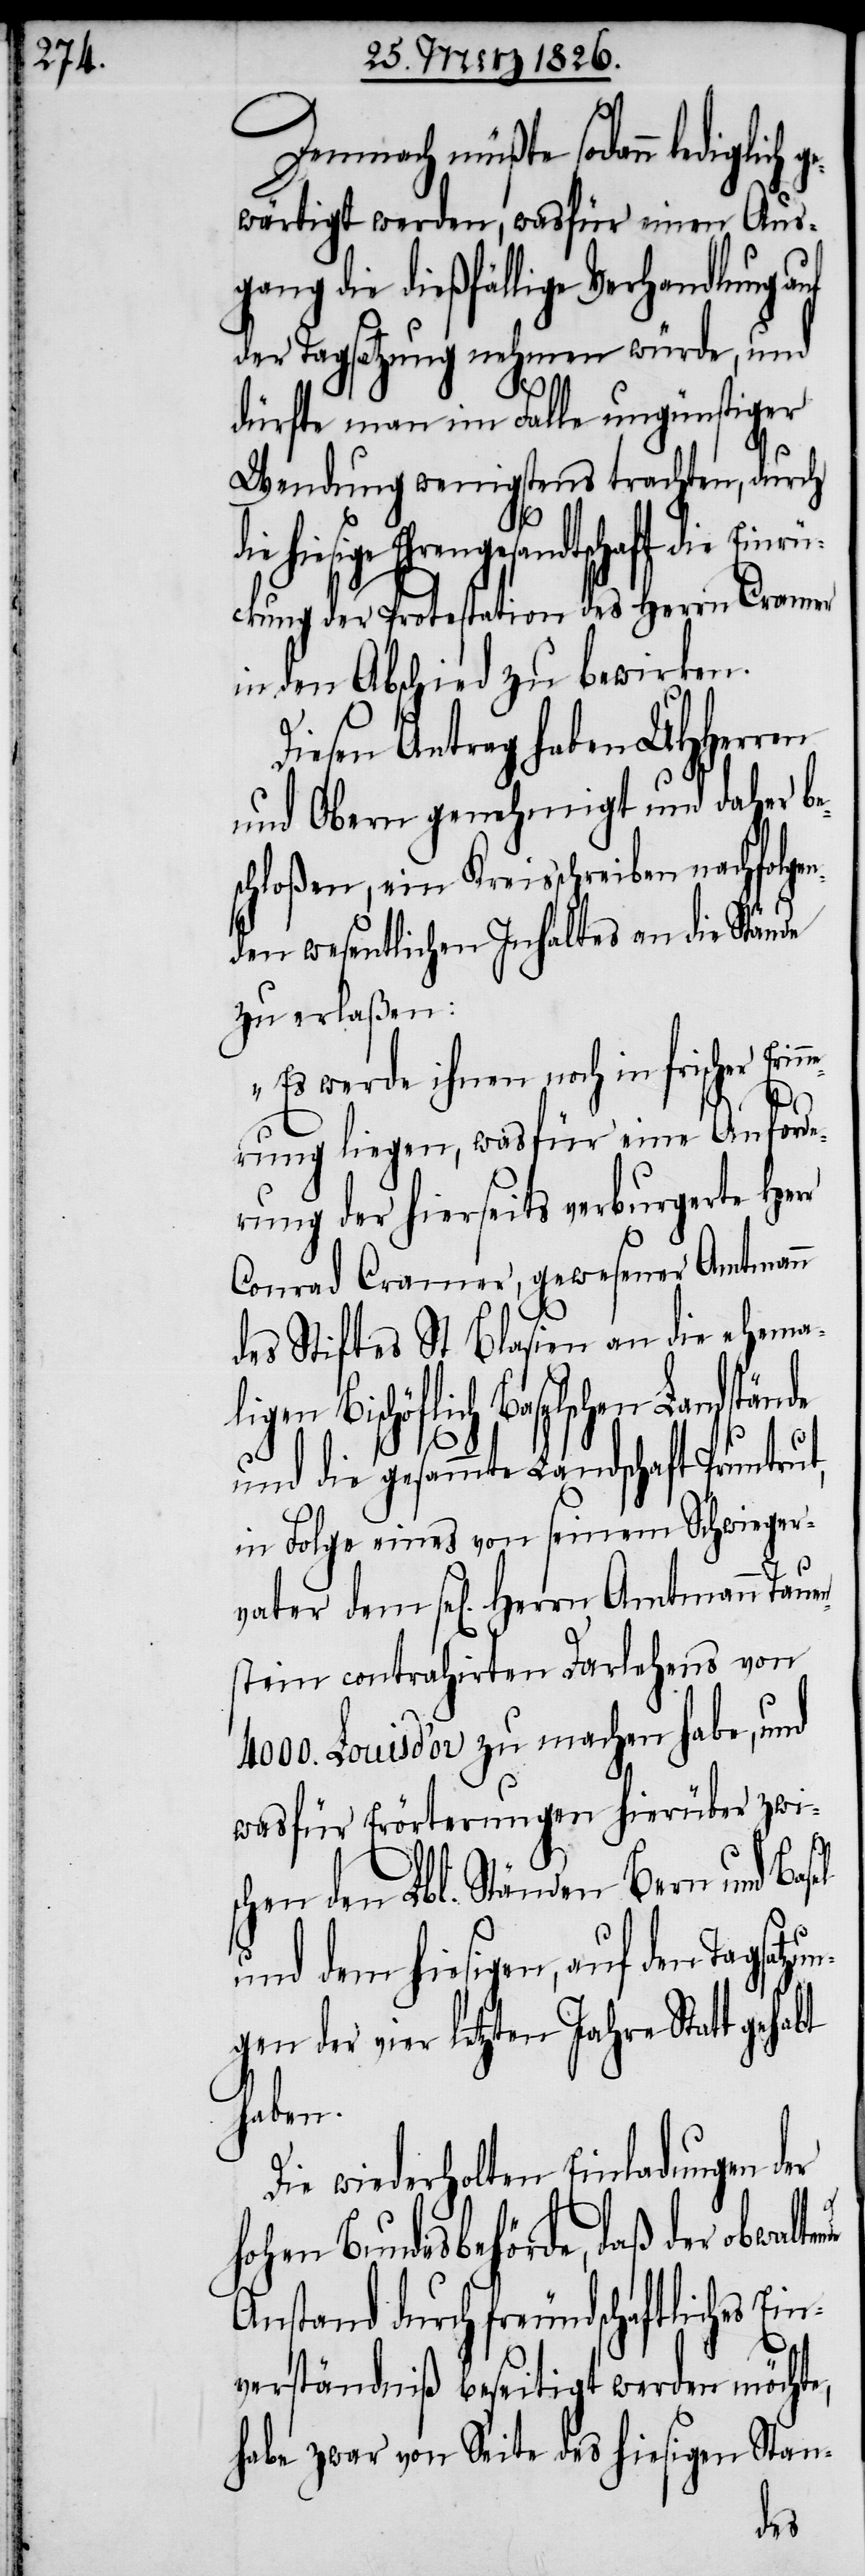
Demnach müßte sodann ledig¬
wärtigt werden, wasfür einen Aus¬
gang die dießfällige Verhandlung auf
der Tagsatzung nehmen würde, und
dürfte man im Falle ungünstiger
Wendung wenigstens trachten, durch
rch freundschaftliches
rückung der Protestation des Herrn Cramer
in den Abschied zu bewirken.
Diesen Antrag haben UHHerren
und Obern genehmigt und daher be¬
chloßen, ein Kreisschreiben nachfolge¬
nden wesentlichen Inhaltes an die Stände
zu erlaßen:
„Es werde ihnen noch in frischer Er¬
Ein¬
rung liegen, wasfür eine Anforde¬
rung der hierseits verburgerte Herr
Conrad Cramer, gewesener Amtmann
des Stiftes St Blasien an die ehemal¬
Bischöflich Baselschen Landstän¬
und die gesammte Landschaft Pruntrut,
in Folge eines von seinem Schwieger¬
stein contrahirten Darlehens von
4000. Louisd’or zu machen habe, und
wasfür Erörterungen hierüber zwis¬
chen den Lbl. Ständen Bern und Basel
und dem hiesigen, auf den
gen der vier letzten Jahre Statt
haben.
Die wiederholten Einladungen der
hohen Bundesbehörde, daß der obwalt¬
verständniß beseitigt werden möchte,
habe zwar von Seite des hiesigen Stan-
dem